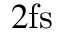
2 \mathrm { f s }